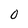
Character: o